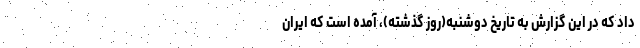
داد که در این گزارش به تاریخ دوشنبه(روز گذشته)، آمده است که ایران